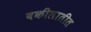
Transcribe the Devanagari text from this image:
वकीलातीत